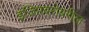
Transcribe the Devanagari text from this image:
इजिप्तबरोबरील